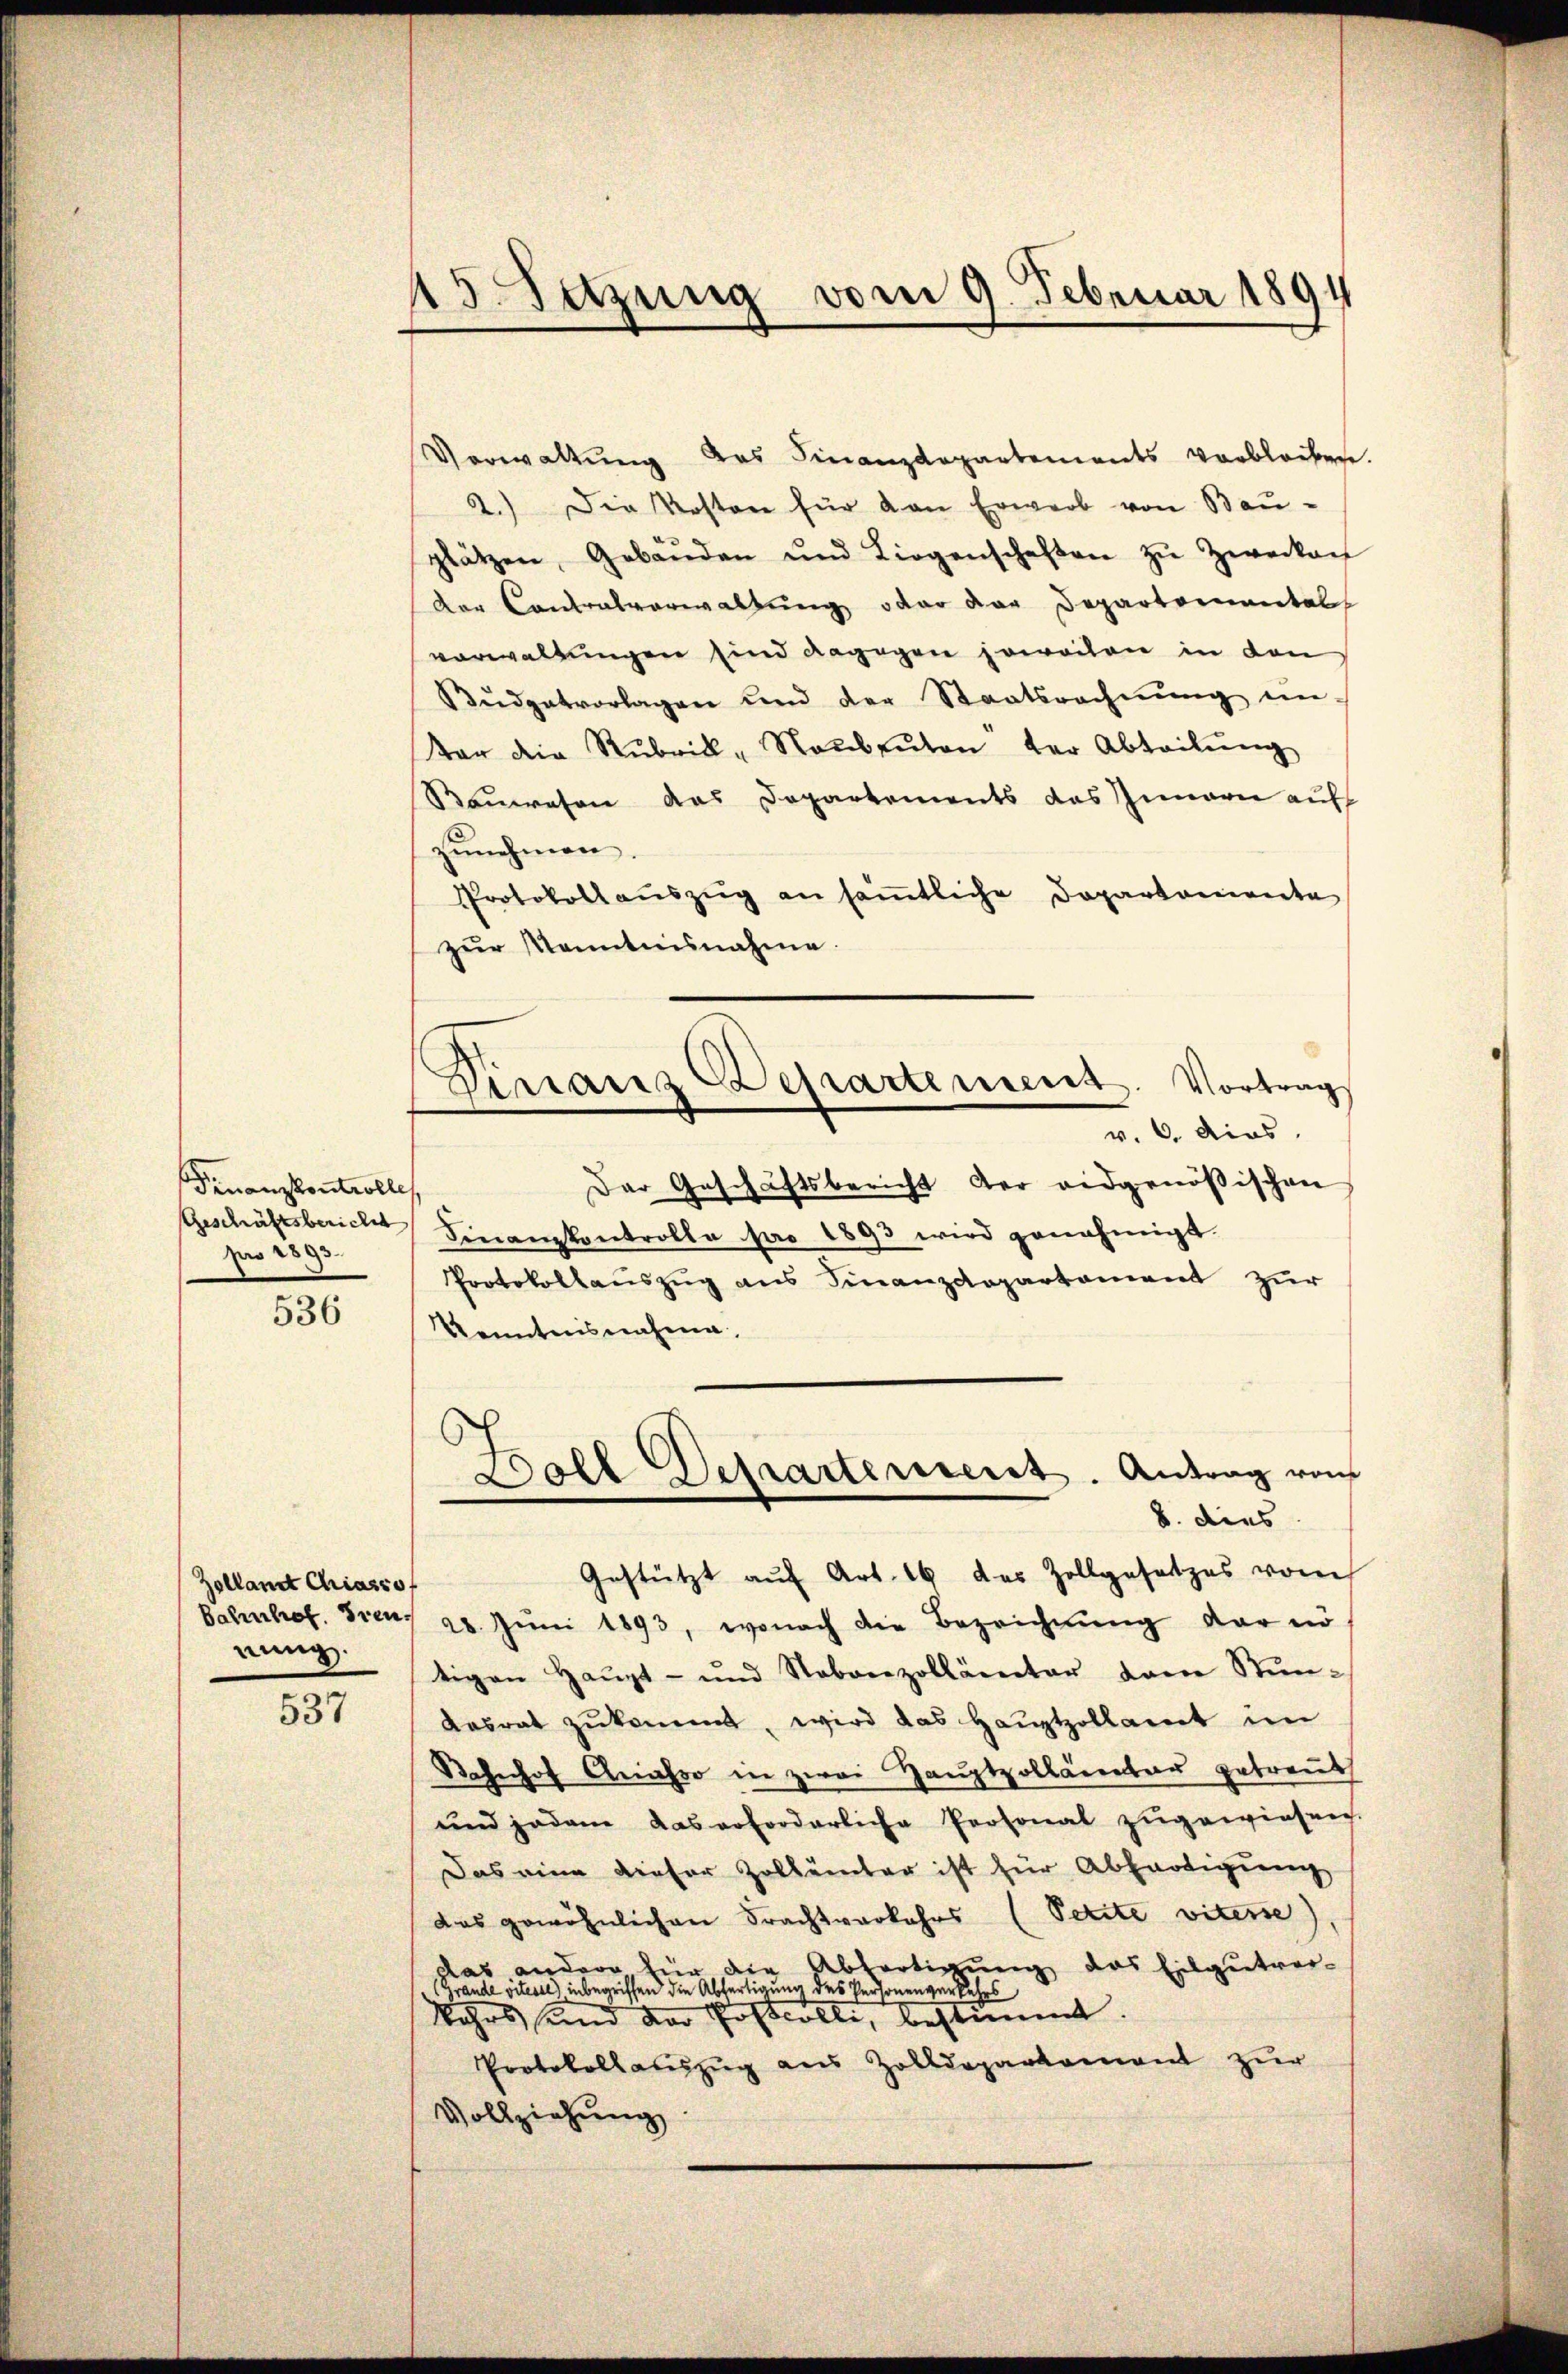
Finanzkontrolle
Geschäftsbericht
pro 1893.

536

Zollant Chiasso
nung.

537

15. Setzung vom 9. Februar 1894

s
Granz Dessartement. Vortrag
v. 6. dies

Verwaltung des Finanzdepartements verbleiben.
2.) Die Kosten für van Erwerb von Bau-
plätzen, Gebäŭden und Liegenschaften zŭ Zweckauf
Der Contralverwaltŭng oder der Departemental
vorwaltungen sind dagegen soweiten in den
Bŭdgetvorlagen und der Staatsrechnŭng ein-
Vor die Rubrik-Naŭbeŭten der Abteilŭng
Rauwesen das Departements das Innern auf
zunehmen
Protokollaŭszŭg an sämtliche Dopartamente
zŭr Kenntnisnahme.
Der Geschäftsbericht der eidgenößischen
Finanzkontrolle pro 1893 wird genehmigt.
Protokollauszug aus Finanzdepartament zur
Kenntnisnahme.
s
Doll Departereseret. Antrag von
8. dies
Gestützt aŭf Art. 16 des Zollgesetzes vom
Bahnhof. Freus 28. Jŭni 1893, wonach die Bezeichnung der nö
tigen Haŭpt- und Nebenzollämter dem Stŭn-
Aasrat zŭkommt, wird das Haŭptzollamt im
Bahnhof Anato in zwei Hauptpollämter getreut
und jedem das erforderliche Personal zugewiesen.
Das eine dieser Zollämter ist für Abfertigung
das gewöhnlichen Frachtverkehrs (Petite viterse
das andere für die Abfertigung das Eilgutver-
(Grande vitesel) inbegriffen die Abfertigung des Personenverkehrs
Kehrs und der Postrolle, bestimmt.
Protokollauszug aus Zolldeparkoment zur
Vollziehung